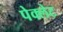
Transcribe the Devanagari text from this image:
पेक्लेट